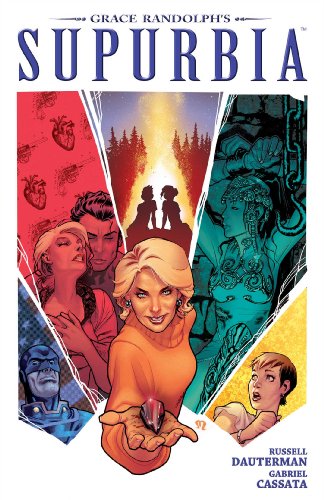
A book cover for Grace Randolph's Supurbia Vol. 3; Grace Randolph; Comics & Graphic Novels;